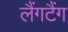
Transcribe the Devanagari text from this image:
लैंगटैंग